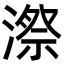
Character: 漈